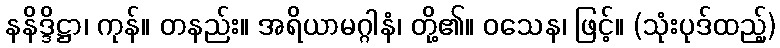
နနိဒ္ဒိဋ္ဌာ၊ ကုန်။ တနည်း။ အရိယာမဂ္ဂါနံ၊ တို့၏။ ဝသေန၊ ဖြင့်။ (သုံးပုဒ်ထည့်)